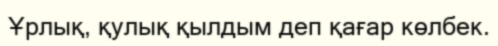
Ұрлық, қулық қылдым деп қағар көлбек.